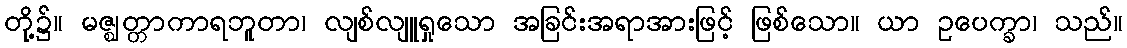
တို့၌။ မဇ္ဈတ္တာကာရဘူတာ၊ လျစ်လျူရှုသော အခြင်းအရာအားဖြင့် ဖြစ်သော။ ယာ ဥပေက္ခာ၊ သည်။